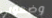
وضعوني